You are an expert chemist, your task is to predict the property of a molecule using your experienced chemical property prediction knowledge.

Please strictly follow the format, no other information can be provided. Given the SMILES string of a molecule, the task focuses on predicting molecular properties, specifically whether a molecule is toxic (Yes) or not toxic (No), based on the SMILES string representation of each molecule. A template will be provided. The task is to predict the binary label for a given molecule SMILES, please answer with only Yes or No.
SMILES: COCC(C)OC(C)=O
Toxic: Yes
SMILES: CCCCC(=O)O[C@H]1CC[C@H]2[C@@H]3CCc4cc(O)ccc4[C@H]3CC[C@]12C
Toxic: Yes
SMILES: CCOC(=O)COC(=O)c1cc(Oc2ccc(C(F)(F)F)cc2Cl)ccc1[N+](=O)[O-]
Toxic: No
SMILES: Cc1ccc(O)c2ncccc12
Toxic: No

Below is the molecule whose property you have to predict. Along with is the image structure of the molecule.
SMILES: Cc1cc(O)c2c(c1)O[C@@]1(C)CC[C@H]3C(C)(C)CCCC34CO[C@@H]2[C@H]41
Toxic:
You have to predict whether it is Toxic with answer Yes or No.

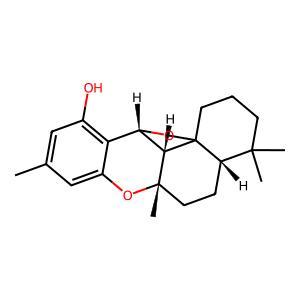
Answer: No